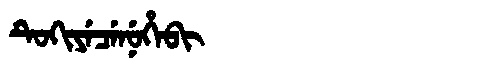
Manchu: ᡨᡠᡴᡳᠶᡝᠴᡝᠨᡠᡥᡝᠪᡳ
Romanization: TUKIYECENUHEBI